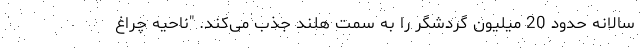
سالانه حدود 20 میلیون گردشگر را به سمت هلند جذب می‌کند. "ناحیه چراغ